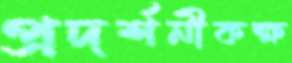
প্রদর্শনীকক্ষ